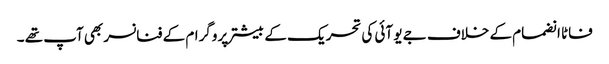
فاٹا انضمام کے خلاف جے یو آئی کی تحریک کے بیشتر پروگرام کے فنانسر بھی آپ تھے ۔